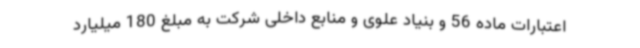
اعتبارات ماده 56 و بنیاد علوی و منابع داخلی شرکت به مبلغ 180 میلیارد